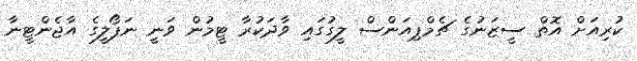
ކުރިއަށް އޮތް ސީޒަނުގެ ޗެމްޕިއަންސް ލީގުގައި ވާދަކުރާ ޓީމުން ވަނީ ނަޕޯލީގެ އާޖެންޓީނާ